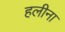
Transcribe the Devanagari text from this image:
हलीना